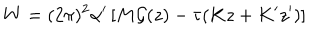
W = ( 2 \pi ) ^ { 2 } \alpha ^ { \prime } \left[ M { \cal G } ( z ) - \tau ( K z + K ^ { \prime } z ^ { \prime } ) \right]